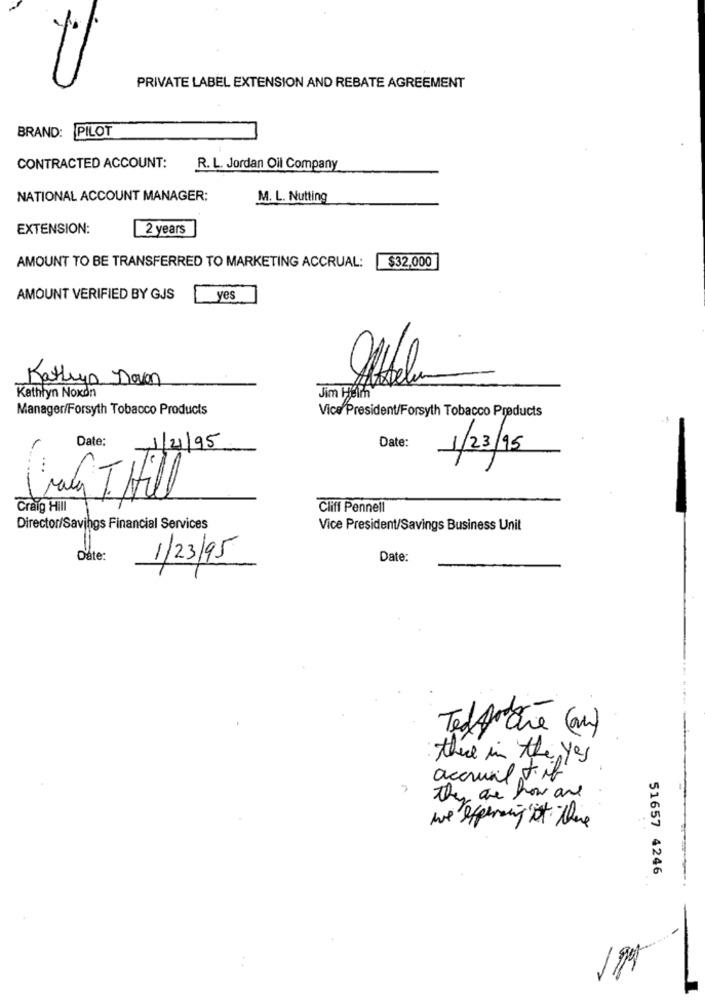
PRIVATE LABEL EXTENSION AND REBATE AGREEMENT
BRAND: PILOT
CONTRACTED ACCOUNT:
R. L. Jordan Oil Company
NATIONAL ACCOUNT MANAGER:
M. L. Nutting
EXTENSION:
2 years
AMOUNT TO BE TRANSFERRED TO MARKETING ACCRUAL:
$32,000
AMOUNT VERIFIED BY GJS
yes
Kathryn Dovan
Jim Helmh
Kathlyn Noxdn
Manager/Forsyth Tobacco Products
Vice President/Forsyth Tobacco Products
Date:
Date:
1/2/95
1/23/15
Valy T.Hill
Craig Hill
Cliff Pennell
Director/Savings Financial Services
Vice President/Savings Business Unit
Date:
1/23/95
Date:
Ted to Che (an)
there in the yes
accrual tob
they are how are
we afpersing ist there
51657 4246
199